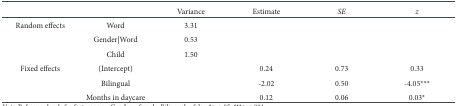
<table><thead><tr><td></td><td></td><td><b>Variance</b></td><td><b>Estimate</b></td><td><b><i>SE</i></b></td><td><b><i>z</i></b></td></tr></thead><tbody><tr><td>Random effects</td><td>Word</td><td>3.31</td><td></td><td></td><td></td></tr><tr><td></td><td>Gender|Word</td><td>0.53</td><td></td><td></td><td></td></tr><tr><td></td><td>Child</td><td>1.50</td><td></td><td></td><td></td></tr><tr><td>Fixed effects</td><td>(Intercept)</td><td></td><td>0.24</td><td>0.73</td><td>0.33</td></tr><tr><td></td><td>Bilingual</td><td></td><td>-2.02</td><td>0.50</td><td>-4.05***</td></tr><tr><td></td><td>Months in daycare</td><td></td><td>0.12</td><td>0.06</td><td>0.03*</td></tr></tbody></table>